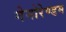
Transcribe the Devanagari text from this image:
मेमोरेण्डम